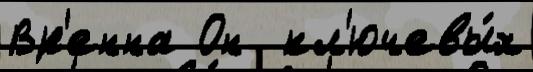
Вр'енна Он  кл'ючевы́х